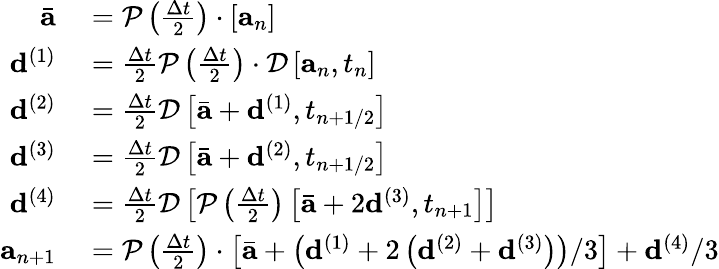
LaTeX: \begin{array}{r}{\begin{array}{rl}{\bar{\mathbf{a}}}&{{}=\mathcal{P}\left(\frac{\Delta t}{2}\right)\cdot\left[\mathbf{a}_{n}\right]}\\ {\mathbf{d}^{(1)}}&{{}=\frac{\Delta t}{2}\mathcal{P}\left(\frac{\Delta t}{2}\right)\cdot\mathcal{D}\left[\mathbf{a}_{n},t_{n}\right]}\\ {\mathbf{d}^{(2)}}&{{}=\frac{\Delta t}{2}\mathcal{D}\left[\bar{\mathbf{a}}+\mathbf{d}^{(1)},t_{n+1/2}\right]}\\ {\mathbf{d}^{(3)}}&{{}=\frac{\Delta t}{2}\mathcal{D}\left[\bar{\mathbf{a}}+\mathbf{d}^{(2)},t_{n+1/2}\right]}\\ {\mathbf{d}^{(4)}}&{{}=\frac{\Delta t}{2}\mathcal{D}\left[\mathcal{P}\left(\frac{\Delta t}{2}\right)\left[\bar{\mathbf{a}}+2\mathbf{d}^{(3)},t_{n+1}\right]\right]}\\ {\mathbf{a}_{n+1}}&{{}=\mathcal{P}\left(\frac{\Delta t}{2}\right)\cdot\left[\bar{\mathbf{a}}+\left(\mathbf{d}^{(1)}+2\left(\mathbf{d}^{(2)}+\mathbf{d}^{(3)}\right)\right)/3\right]+\mathbf{d}^{(4)}/3}\end{array}}\end{array}